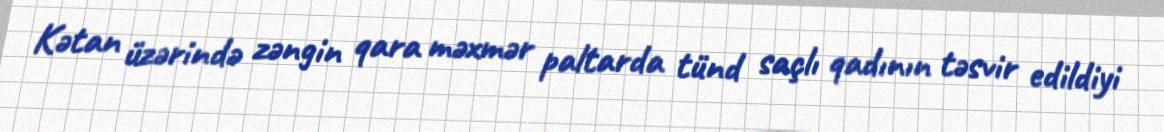
Kətan üzərində zəngin qara məxmər paltarda tünd saçlı qadının təsvir edildiyi